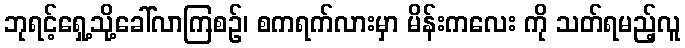
ဘုရင့်ရှေ့သို့ခေါ်လာကြစဉ်၊ စကရက်လားမှာ မိန်းကလေး ကို သတ်ရမည့်လူ